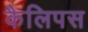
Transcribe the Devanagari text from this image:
कैलिपस